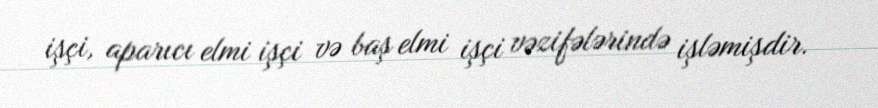
işçi, aparıcı elmi işçi və baş elmi işçi vəzifələrində işləmişdir.